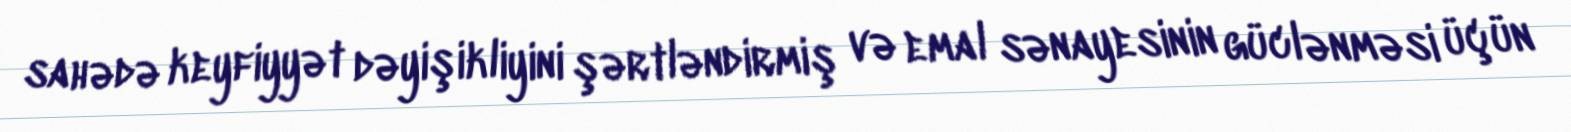
sahədə keyfiyyət dəyişikliyini şərtləndirmiş və emal sənayesinin güclənməsi üçün